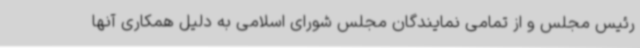
رئیس مجلس و از تمامی نمایندگان مجلس شورای اسلامی به دلیل همکاری آنها